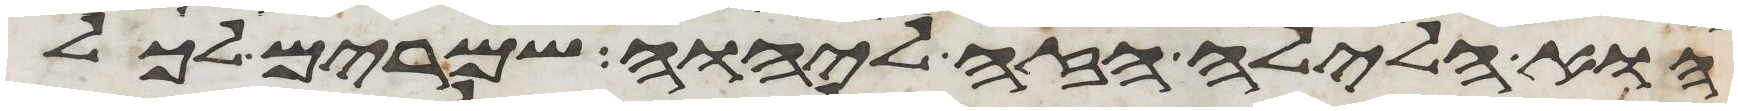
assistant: הוא הלילה הזה ליהוה שמרים לכל